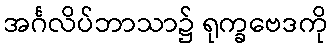
အင်္ဂလိပ်ဘာသာ၌ ရုက္ခဗေဒကို